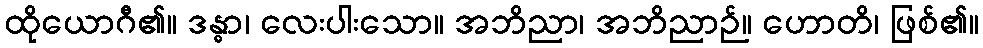
ထိုယောဂီ၏။ ဒန္ဓာ၊ လေးပါးသော။ အဘိညာ၊ အဘိညာဉ်။ ဟောတိ၊ ဖြစ်၏။